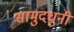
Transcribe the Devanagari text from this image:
सामुदधुनी